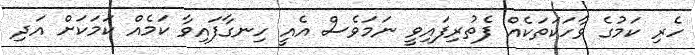
ހެރި ކަމުގެ ވާހަކަތަކެއް ފެތުރިފައިވީ ނަމަވެސް އެއީ ހިނގާފައިވާ ކަމެއް ކަމަކަށް އަދި